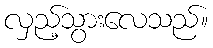
လှည့်သွားလေသည်။